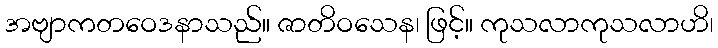
အဗျာကတဝေဒနာသည်။ ဇာတိဝသေန၊ ဖြင့်။ ကုသလာကုသလာဟိ၊